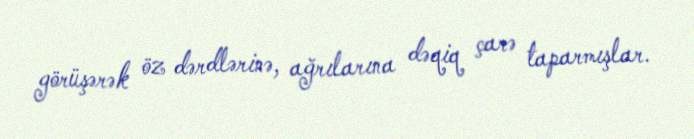
görüşərək öz dərdlərinə, ağrılarına dəqiq çarə taparmışlar.